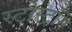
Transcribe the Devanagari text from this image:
स्टोर्स्ट्रॉम